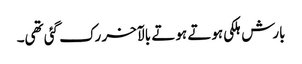
بارش ہلکی ہوتے ہوتے بالآخر رک گئی تھی۔